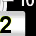
Digit: 2